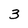
Character: 3